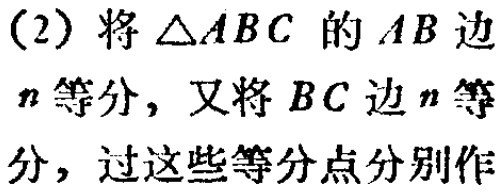
(2) 将 $\triangle ABC$ 的 $AB$ 边

$n$ 等分，又将 $BC$ 边 $n$ 等

分，过这些等分点分别作